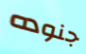
جنوده